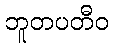
ဘူတပတီဝ